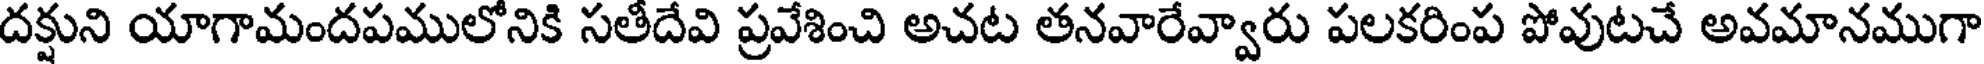
దక్షుని యాగామందపములోనికి సతీదేవి ప్రవేశించి అచట తనవారేవ్వారు పలకరింప పోవుటచే అవమానముగా